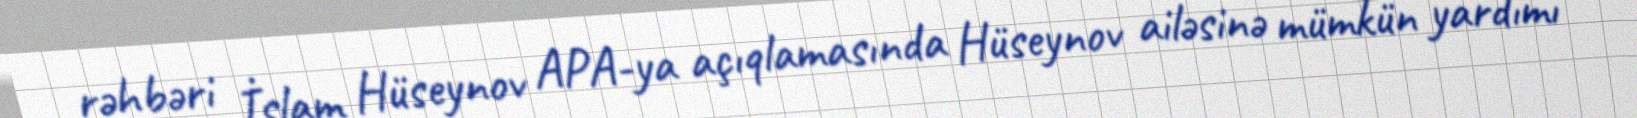
rəhbəri İslam Hüseynov APA-ya açıqlamasında Hüseynov ailəsinə mümkün yardımı